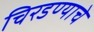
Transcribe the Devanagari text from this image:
चिरडण्‍याचे